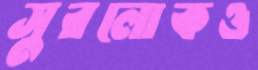
সুরলোকও